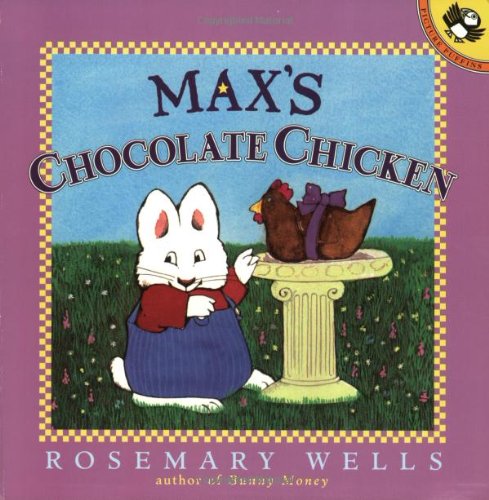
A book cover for Max's Chocolate Chicken (Max and Ruby); Rosemary Wells; Children's Books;